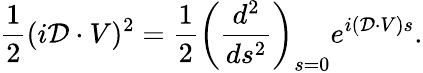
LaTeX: \frac{1}{2}(i\mathcal{D}\cdot V)^{2}=\frac{1}{2}\left(\frac{d^{2}}{ds^{2}}\right)_{s=0}e^{i(\mathcal{D}\cdot V)s}.